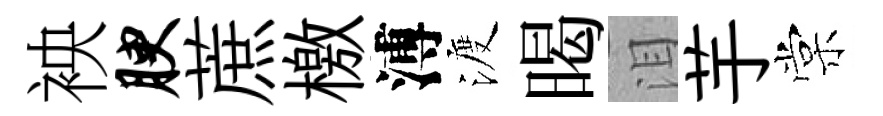
䘧腴蔗檄溥渡暍泪芋棠